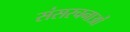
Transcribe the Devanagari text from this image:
संसरचनाओं